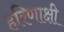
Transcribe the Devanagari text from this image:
हरिणाक्षी